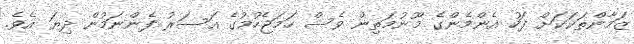
ޒަމާންތަކަކަށް ފަހު އެންމެންގެ މޫނުމަތިން ވެސް ހަމަޖެހުމުގެ އަސަރު ފެންނަމުން ދިޔަ އެވެ.